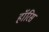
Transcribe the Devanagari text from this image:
हॉरिस